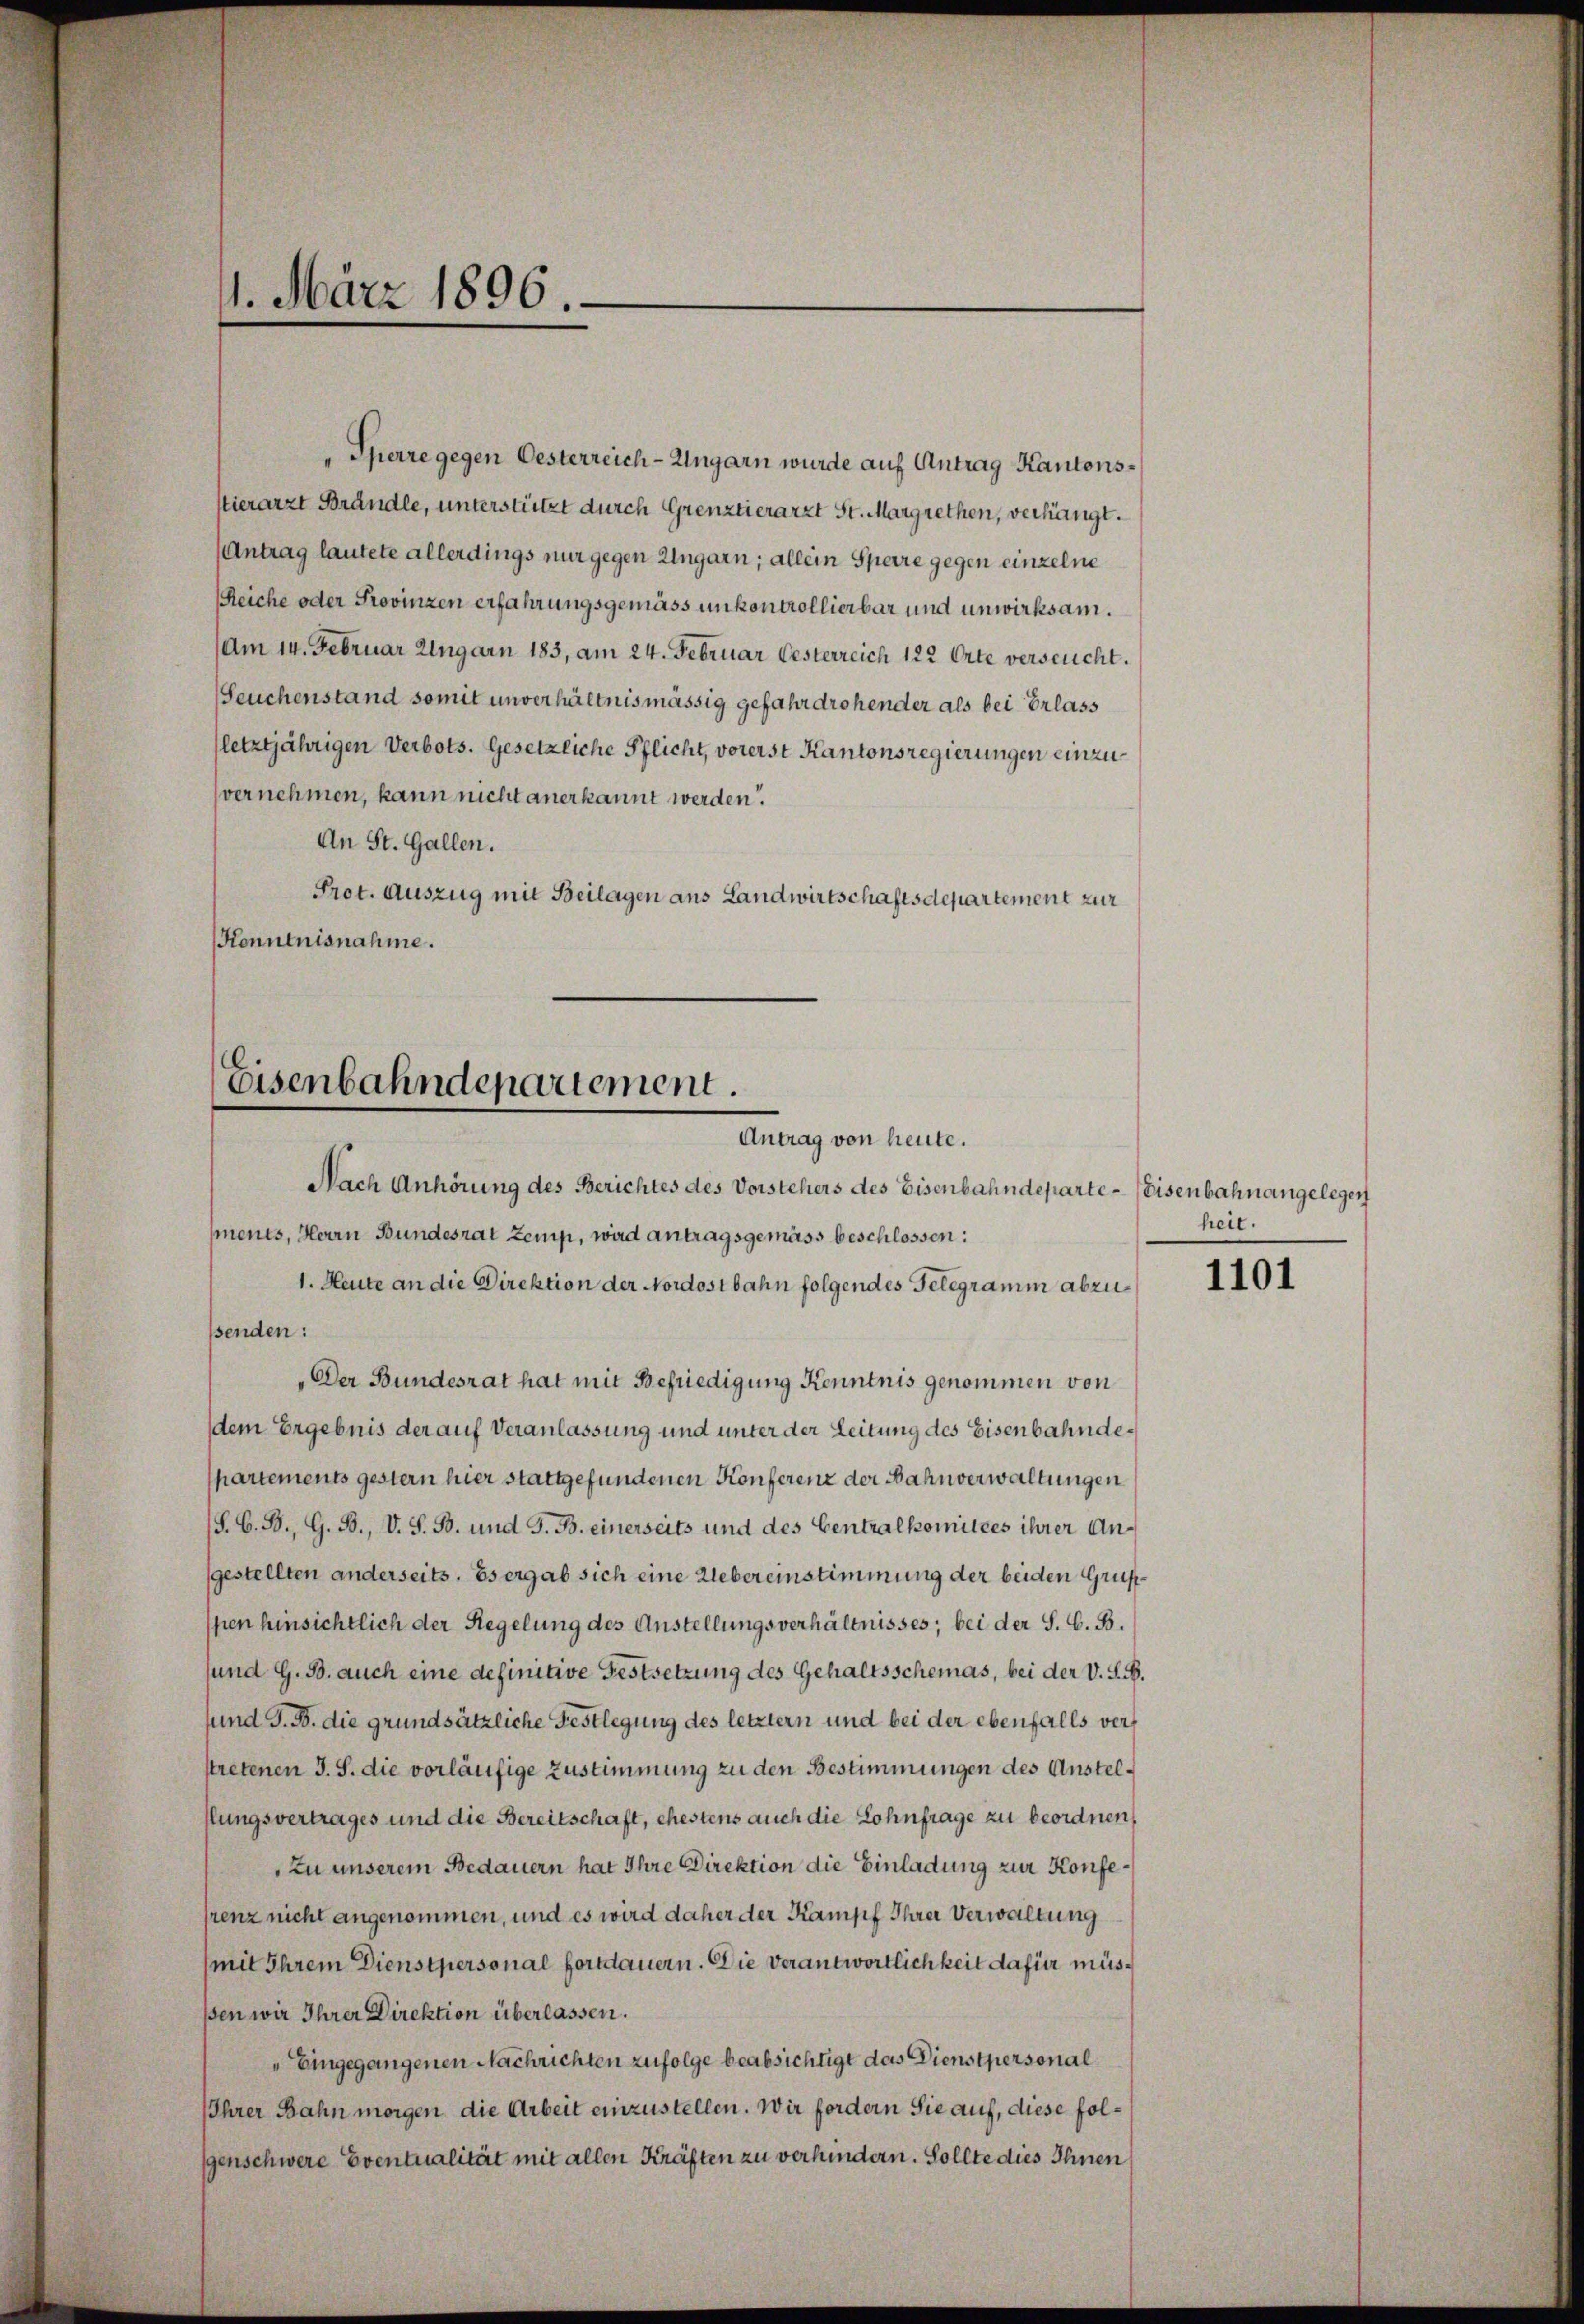
11. März 1896

Sperre gegen Oesterreich-Ungarn wurde auf Antrag Kantonsstierarzt Brändle, unterstützt durch Grenztierarzt St. Margrethen, verhängt.
(Antrag lautete allerdings nur gegen Ungarn; allein Sperre gegen einzelne
Reiche oder Provinzen erfahrungsgemäss unkontrollierbar und unwirksam.
Am 14. Februar Ungarn 183, am 24. Februar Gesterreich 122 Orte verseucht.
Seuchenstand somit unverhältnismässig gefahr drohender als bei Erlass
(letztjährigen Verbots. Gesetzliche Pflicht, vorerst Kantonsregierungen einzuvernehmen, kann nicht anerkannt werden.
An St. Gallen.
Prot. Auszug mit Beilagen aus Landwirtschaftsdepartement zur
Konntnisnahme.

Eisenbahndepartement.
Antrag von heute.

Nach Anhörung des Berichtes des Vorstehers des Eisenbahndeparte Eisenbahn angelegen
menes, Herrn Bundesrat Zemp, wird antragsgemäss beschlossen:
1. Heute an die Direktion der Nordostbahn folgendes Telegramm abzusenden:
„Der Bundesrat hat mit Befriedigung Kenntnis genommen von
dem Ergebnis der auf Veranlassung und unter der Leitung des Eisenbahnde¬
Chartements gestern hier stattgefundenen Konferenz der Bahnverwaltungen
/S. G. B., G. B., V. S. B. und G. B. einerseits und des Centralkomitees ihrer Angestellten anderseits. Es ergab sich eine Uebereinstimmung der beiden Grupspen hinsichtlich der Regelung des Anstellungsverhältnisses; bei der S. G. B.
sund G. B. auch eine definitive Festsetzung des Gehaltsschemas, bei der V. S. B.
sund J. B. die grundsätzliche Festlegung des letztern und bei der ebenfalls verstretenen J. S. die vorläufige Zustimmung zu den Bestimmungen des Anstelhlungsvertrages und die Bereitschaft, ehestens auch die Lohnfrage zu beordnen,
Zu unserem Bedauern hat Ihre Direktion die Einladung zur Konfesrenz nicht angenommen, und es wird daher der Kampf Ihrer Verwaltung
(mit Ihrem Dienstpersonal fortdauern. Die Verantwortlichkeit dafür müsßen wir Ihrer Direktion überlassen.
" Eingegangenen Nachrichten zufolge beabsichtigt das Dienstpersonal
Ihrer Bahn morgen die Arbeit einzustellen. Wir fordern Sie auf, diese folgenschwere Eventualität mit allen Kräften zu verhindern. Sollte dies Ihnen

heit.

1101